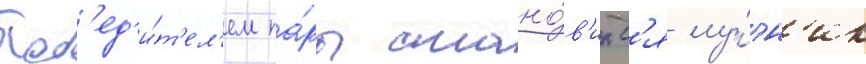
Поб'ед'и́т'ел'ем па́ры стано́в'итс'я лу́чн'ик